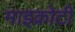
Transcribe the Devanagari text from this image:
माइक्रोटी